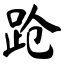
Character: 跄